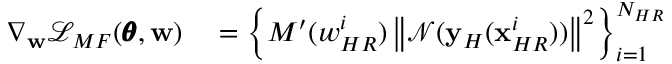
\begin{array} { r l } { \nabla _ { \mathbf { w } } \mathcal { L } _ { M F } ( \pmb { \theta } , \mathbf { w } ) } & { { } = \left\{ { M ^ { \prime } ( w _ { H R } ^ { i } ) \left\| \mathcal { N } ( \mathbf { y } _ { H } ( \mathbf { x } _ { H R } ^ { i } ) ) \right\| ^ { 2 } } \right\} _ { i = 1 } ^ { N _ { H R } } } \end{array}